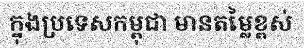
ក្នុងប្រទេសកម្ពុជា មានតម្លៃខ្ពស់